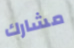
مشارك